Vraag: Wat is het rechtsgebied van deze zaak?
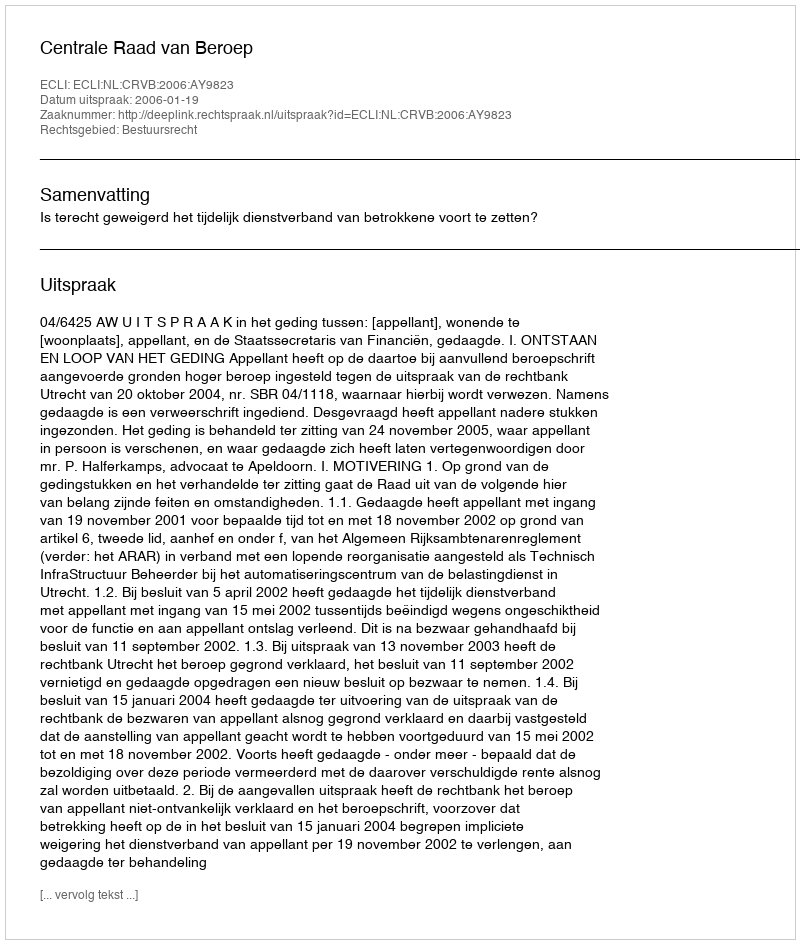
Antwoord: Bestuursrecht